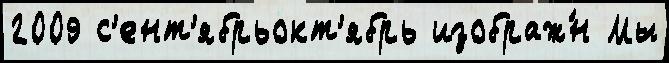
2009 с'ент'ябрьокт'ябрь изображ́н Мы